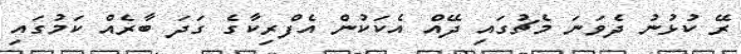
ރޭ ކުޅުނު ދެވަނަ މެޗުގައި ދޭއް އެކަކުން އެފްރިކާގެ ގަދަ ބާރެއް ކަމުގައި